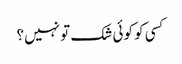
کسی کو کوئی شک تو نہیں؟